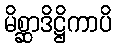
မိစ္ဆာဒိဋ္ဌိကာပိ